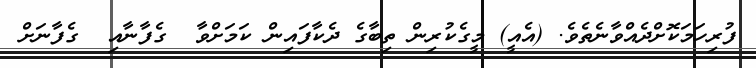
ފުރިހަމަކޮށްދެއްވާނެތެވެ. (އެއީ) މީގެކުރިން ތިބާގެ ދެކާފައިން ކަމަށްވާ  ގެފާނާއި  ގެފާނަށް